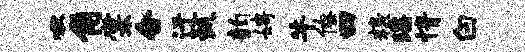
啾角棠合迂甄韵娉牛僚四糗瑶情白